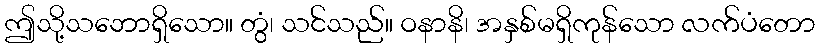
ဤသို့သဘောရှိသော။ တွံ၊ သင်သည်။ ဝနာနိ၊ အနှစ်မရှိကုန်သော လက်ပံတော